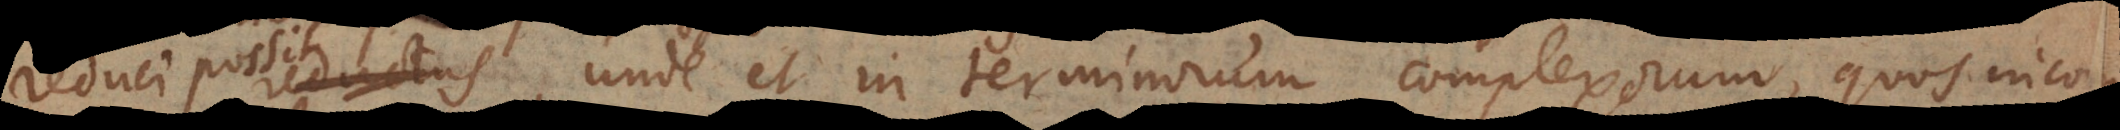
reduci possit, unde et in terminorum complexorum, quos inco